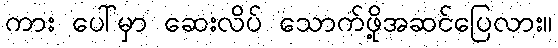
ကား ပေါ်မှာ ဆေးလိပ် သောက်ဖို့အဆင်ပြေလား။